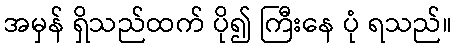
အမှန် ရှိသည်ထက် ပို၍ ကြီးနေ ပုံ ရသည်။